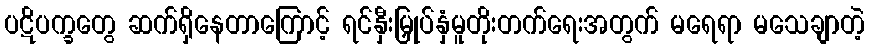
ပဋိပက္ခတွေ ဆက်ရှိနေတာကြောင့် ရင်နှီးမြှုပ်နှံမူတိုးတက်ရေးအတွက် မရေရာ မသေချာတဲ့